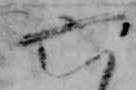
六